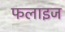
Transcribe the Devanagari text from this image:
फलाइज